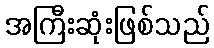
အကြီးဆုံးဖြစ်သည်